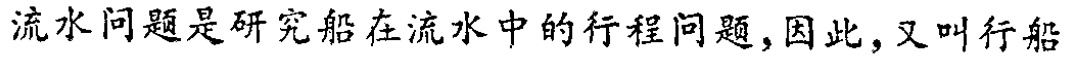
流水问题是研究船在流水中的行程问题,因此,又叫行船